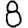
Digit: 8